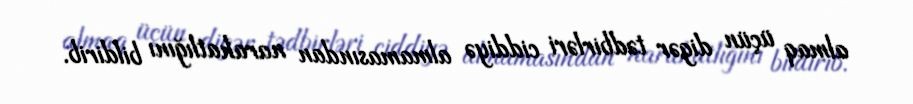
almaq üçün digər tədbirləri ciddiyə almamasından narahatlığını bildirib.